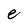
Character: e